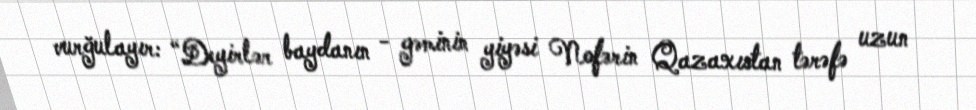
vurğulayır: “Deyirlər baydanın - gəminin yiyəsi Nofərin Qazaxıstan tərəfə uzun